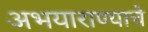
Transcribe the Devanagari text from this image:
अभयाराण्याचे